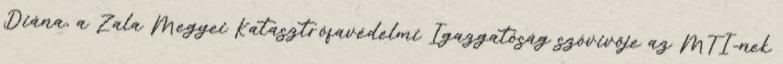
Diána, a Zala Megyei Katasztrófavédelmi Igazgatóság szóvivője az MTI-nek